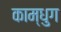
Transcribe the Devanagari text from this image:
काम्धुग